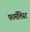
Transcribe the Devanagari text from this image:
फार्मलिस्ट